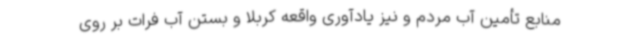
منابع تأمین آب مردم و نیز یادآوری واقعه کربلا و بستن آب فرات بر روی